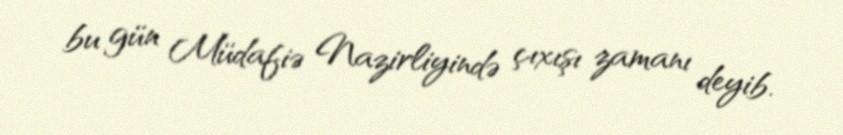
bu gün Müdafiə Nazirliyində çıxışı zamanı deyib.